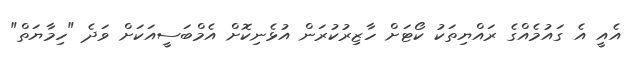
އެއީ އެ ގައުމެއްގެ ރައްޔިތަކު ކޯޓަށް ހާޒިރުކުރަން އުޅެނިކޮށް އެމްބަސީއަކަށް ވަދެ "ހިމާޔަތް"